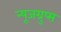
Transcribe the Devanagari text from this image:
न्यूजग्रुप्स